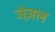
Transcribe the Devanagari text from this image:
जेज़ल